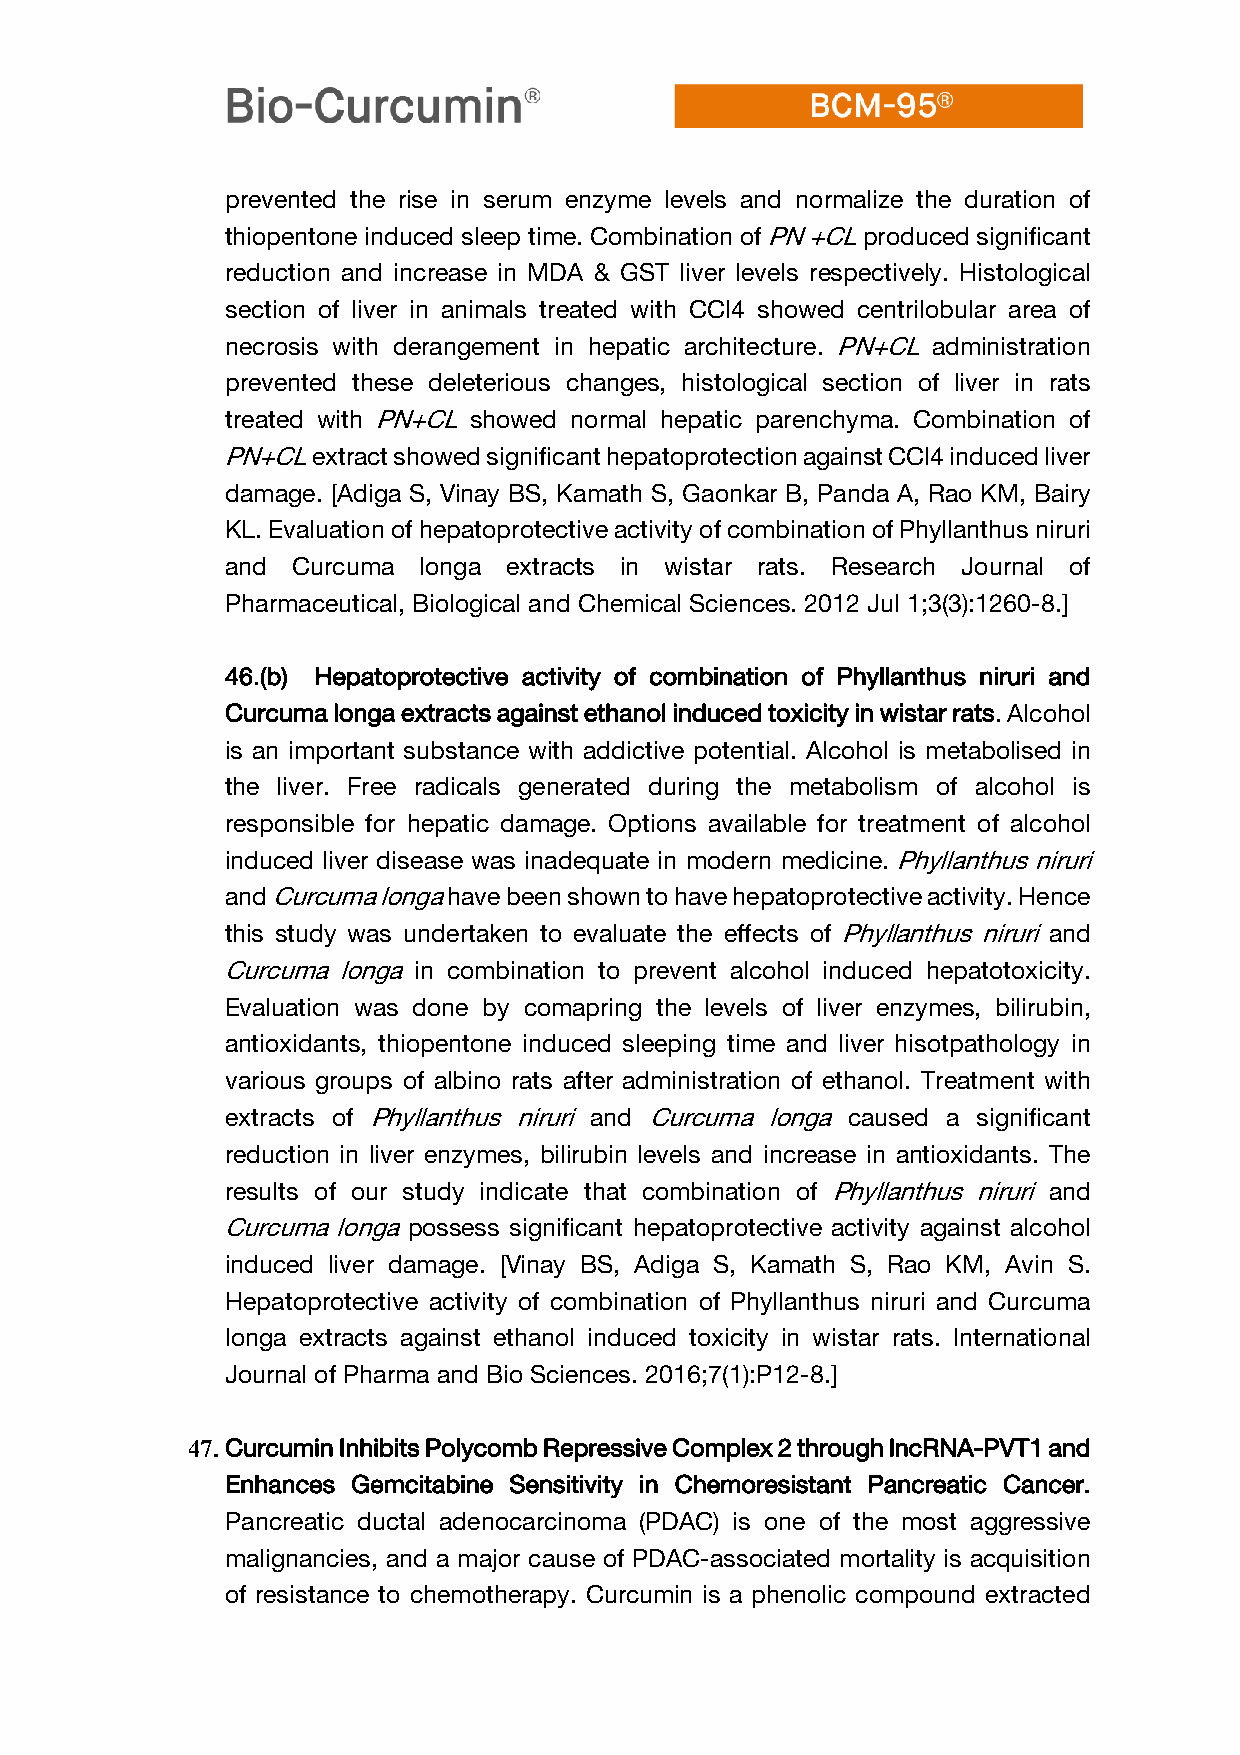
prevented the rise in serum enzyme levels and normalize the duration of
 thiopentone induced sleep time. Combination of PN +CL produced significant
 reduction and increase in MDA & GST liver levels respectively. Histological
 section of liver in animals treated with CCl4 showed centrilobular area of
 necrosis with derangement in hepatic architecture. PN+CL administration
 prevented these deleterious changes, histological section of liver in rats
 treated with PN+CL showed normal hepatic parenchyma. Combination of
 PN+CL extract showed significant hepatoprotection against CCl4 induced liver
 damage. [Adiga S, Vinay BS, Kamath S, Gaonkar B, Panda A, Rao KM, Bairy
 KL. Evaluation of hepatoprotective activity of combination of Phyllanthus niruri
 and Curcuma  longa extracts in wistar rats. Research Journal of
 Pharmaceutical, Biological and Chemical Sciences. 2012 Jul 1;3(3):1260-8.]
 46.(b) Hepatoprotective activity of combination of Phyllanthus niruri and
 Curcuma longa extracts against ethanol induced toxicity in wistar rats. Alcohol
 is an important substance with addictive potential. Alcohol is metabolised in
 the liver. Free radicals generated during the metabolism of alcohol is
 responsible for hepatic damage. Options available for treatment of alcohol
 induced liver disease was inadequate in modern medicine. Phyllanthus niruri
 and Curcuma longa have been shown to have hepatoprotective activity. Hence
 this study was undertaken to evaluate the effects of Phyllanthus niruri and
 Curcuma longa in combination to prevent alcohol induced hepatotoxicity.
 Evaluation was done by comapring the levels of liver enzymes, bilirubin,
 antioxidants, thiopentone induced sleeping time and liver hisotpathology in
 various groups of albino rats after administration of ethanol. Treatment with
 extracts of Phyllanthus niruri and Curcuma longa caused a significant
 reduction in liver enzymes, bilirubin levels and increase in antioxidants. The
 results of our study indicate that combination of Phyllanthus niruri and
 Curcuma longa possess significant hepatoprotective activity against alcohol
 induced liver damage. [Vinay BS, Adiga S, Kamath S, Rao KM, Avin S.
 Hepatoprotective activity of combination of Phyllanthus niruri and Curcuma
 longa extracts against ethanol induced toxicity in wistar rats. International
 Journal of Pharma and Bio Sciences. 2016;7(1):P12-8.]
 47. Curcumin Inhibits Polycomb Repressive Complex 2 through lncRNA-PVT1 and
 Enhances Gemcitabine Sensitivity in Chemoresistant Pancreatic Cancer.
 Pancreatic ductal adenocarcinoma (PDAC) is one of the most aggressive
 malignancies, and a major cause of PDAC-associated mortality is acquisition
 of resistance to chemotherapy. Curcumin is a phenolic compound extracted